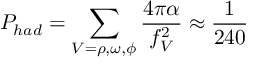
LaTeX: P _ { h a d } = \sum _ { V = \rho , \omega , \phi } { \frac { 4 \pi \alpha } { f _ { V } ^ { 2 } } } \approx { \frac { 1 } { 2 4 0 } }